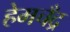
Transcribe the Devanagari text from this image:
हेमचँद्र